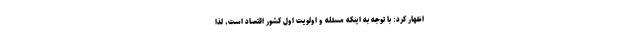
اظهار کرد: با توجه به اینکه مسئله و اولویت اول کشور اقتصاد است، لذا